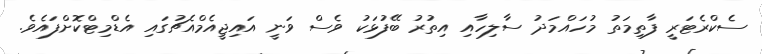
ސެކްރެޓަރީ ފާތިމަތު މުހައްމަދު ސާލިހާއި އިތުރު ބޭފުޅަކު ވެސް ވަނީ އައިޖީއެމްއެޗުގައި އެޑްމިޓްކޮށްފައެވެ.